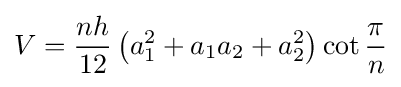
V={\frac {nh}{12}}\left(a_{1}^{2}+a_{1}a_{2}+a_{2}^{2}\right)\cot {\frac {\pi }{n}}